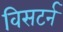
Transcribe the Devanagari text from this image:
विसटर्न